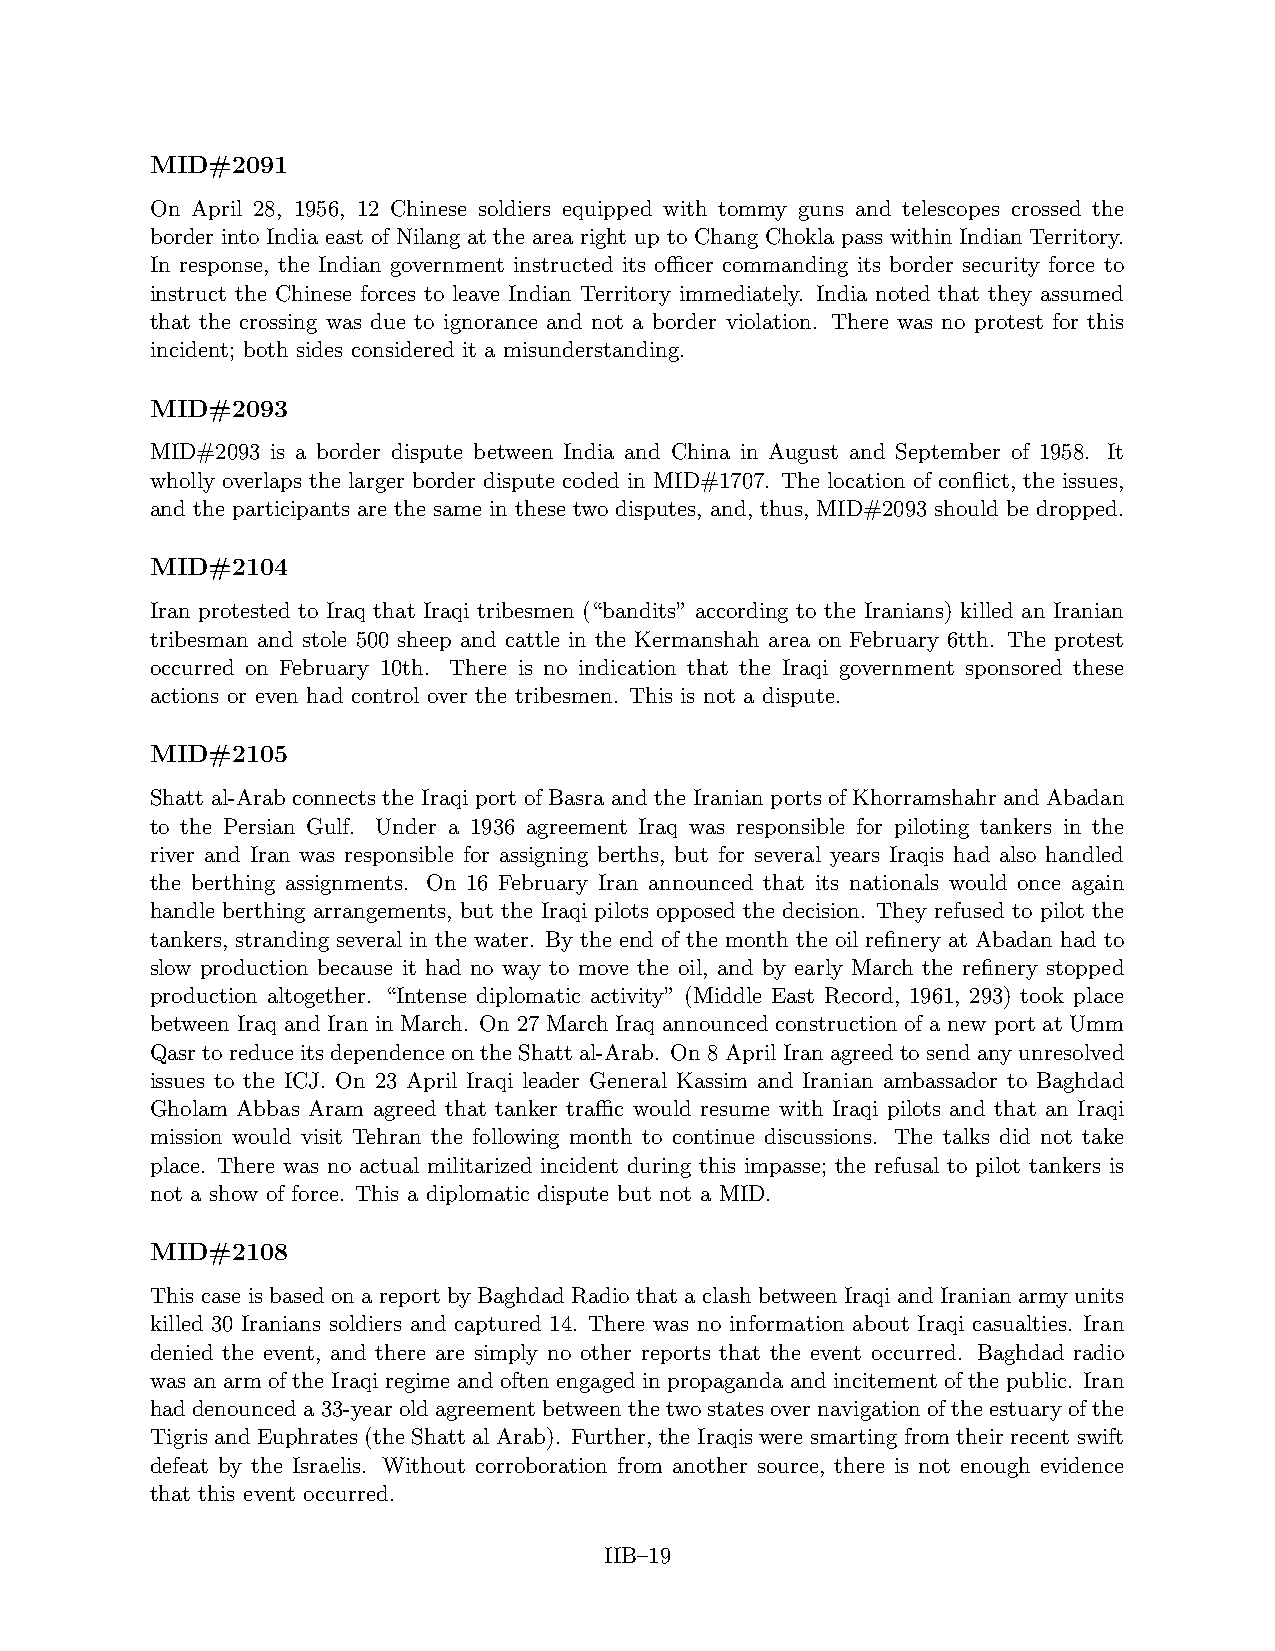
MID#2091
 On April 28, 1956, 12 Chinese soldiers equipped with tommy guns and telescopes crossed the
 border into India east of Nilang at the area right up to Chang Chokla pass within Indian Territory.
 In response, the Indian government instructed its officer commanding its border security force to
 instruct the Chinese forces to leave Indian Territory immediately. India noted that they assumed
 that the crossing was due to ignorance and not a border violation. There was no protest for this
 incident; both sides considered it a misunderstanding.
 MID#2093
 MID#2093 is a border dispute between India and China in August and September of 1958. It
 wholly overlaps the larger border dispute coded in MID#1707. The location of conflict, the issues,
 and the participants are the same in these two disputes, and, thus, MID#2093 should be dropped.
 MID#2104
 Iran protested to Iraq that Iraqi tribesmen (“bandits” according to the Iranians) killed an Iranian
 tribesman and stole 500 sheep and cattle in the Kermanshah area on February 6tth. The protest
 occurred on February 10th. There is no indication that the Iraqi government sponsored these
 actions or even had control over the tribesmen. This is not a dispute.
 MID#2105
 Shatt al-Arab connects the Iraqi port of Basra and the Iranian ports of Khorramshahr and Abadan
 to the Persian Gulf. Under a 1936 agreement Iraq was responsible for piloting tankers in the
 river and Iran was responsible for assigning berths, but for several years Iraqis had also handled
 the berthing assignments. On 16 February Iran announced that its nationals would once again
 handle berthing arrangements, but the Iraqi pilots opposed the decision. They refused to pilot the
 tankers, stranding several in the water. By the end of the month the oil refinery at Abadan had to
 slow production because it had no way to move the oil, and by early March the refinery stopped
 production altogether. “Intense diplomatic activity” (Middle East Record, 1961, 293) took place
 between Iraq and Iran in March. On 27 March Iraq announced construction of a new port at Umm
 Qasr to reduce its dependence on the Shatt al-Arab. On 8 April Iran agreed to send any unresolved
 issues to the ICJ. On 23 April Iraqi leader General Kassim and Iranian ambassador to Baghdad
 Gholam Abbas Aram agreed that tanker traffic would resume with Iraqi pilots and that an Iraqi
 mission would visit Tehran the following month to continue discussions. The talks did not take
 place. There was no actual militarized incident during this impasse; the refusal to pilot tankers is
 not a show of force. This a diplomatic dispute but not a MID.
 MID#2108
 This case is based on a report by Baghdad Radio that a clash between Iraqi and Iranian army units
 killed 30 Iranians soldiers and captured 14. There was no information about Iraqi casualties. Iran
 denied the event, and there are simply no other reports that the event occurred. Baghdad radio
 was an arm of the Iraqi regime and often engaged in propaganda and incitement of the public. Iran
 haddenounceda33-yearoldagreementbetweenthetwostatesovernavigationoftheestuaryofthe
 Tigris and Euphrates (the Shatt al Arab). Further, the Iraqis were smarting from their recent swift
 defeat by the Israelis. Without corroboration from another source, there is not enough evidence
 that this event occurred.
 IIB–19